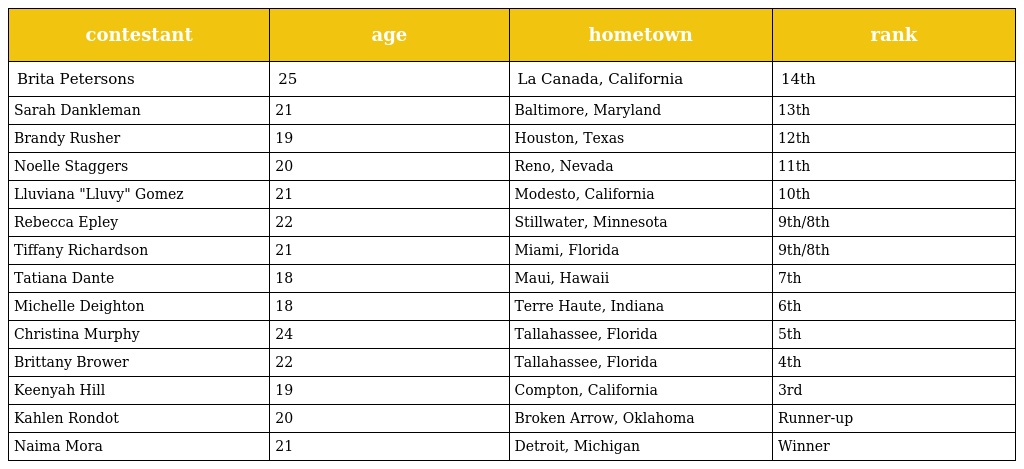
| contestant | age | hometown | rank |
 | --- | --- | --- | --- |
 | Brita Petersons | 25 | La Canada, California | 14th |
 | Sarah Dankleman | 21 | Baltimore, Maryland | 13th |
 | Brandy Rusher | 19 | Houston, Texas | 12th |
 | Noelle Staggers | 20 | Reno, Nevada | 11th |
 | Lluviana "Lluvy" Gomez | 21 | Modesto, California | 10th |
 | Rebecca Epley | 22 | Stillwater, Minnesota | 9th/8th |
 | Tiffany Richardson | 21 | Miami, Florida | 9th/8th |
 | Tatiana Dante | 18 | Maui, Hawaii | 7th |
 | Michelle Deighton | 18 | Terre Haute, Indiana | 6th |
 | Christina Murphy | 24 | Tallahassee, Florida | 5th |
 | Brittany Brower | 22 | Tallahassee, Florida | 4th |
 | Keenyah Hill | 19 | Compton, California | 3rd |
 | Kahlen Rondot | 20 | Broken Arrow, Oklahoma | Runner-up |
 | Naima Mora | 21 | Detroit, Michigan | Winner |